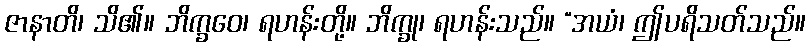
ဇာနာတိ၊ သိ၏။ ဘိက္ခဝေ၊ ရဟန်းတို့။ ဘိက္ခု၊ ရဟန်းသည်။ “အယံ၊ ဤပရိသတ်သည်။